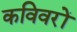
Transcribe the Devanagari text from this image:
कविवरों